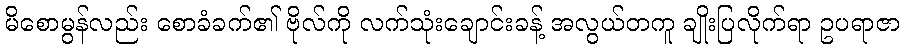
မိစောမွန်လည်း စောခံခက်၏ ဗိုလ်ကို လက်သုံးချောင်းခန့် အလွယ်တကူ ချိုးပြလိုက်ရာ ဥပရာဇာ